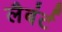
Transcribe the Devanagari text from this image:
लैबंर्ट